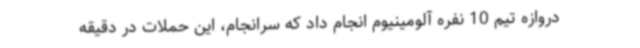
دروازه تیم 10 نفره آلومینیوم انجام داد که سرانجام، این حملات در دقیقه